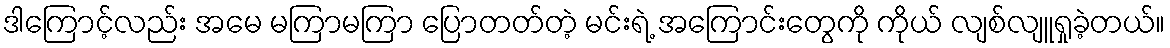
ဒါကြောင့်လည်း အမေ မကြာမကြာ ပြောတတ်တဲ့ မင်းရဲ့ အကြောင်းတွေကို ကိုယ် လျစ်လျူရှုခဲ့တယ်။